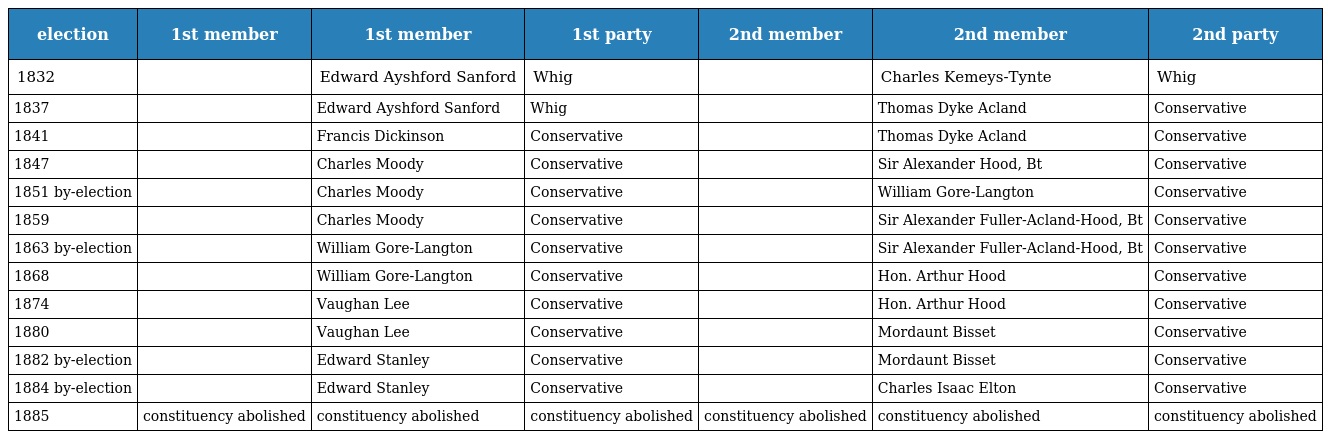
| election | 1st member | 1st member | 1st party | 2nd member | 2nd member | 2nd party |
 | --- | --- | --- | --- | --- | --- | --- |
 | 1832 |  | Edward Ayshford Sanford | Whig |  | Charles Kemeys-Tynte | Whig |
 | 1837 |  | Edward Ayshford Sanford | Whig |  | Thomas Dyke Acland | Conservative |
 | 1841 |  | Francis Dickinson | Conservative |  | Thomas Dyke Acland | Conservative |
 | 1847 |  | Charles Moody | Conservative |  | Sir Alexander Hood, Bt | Conservative |
 | 1851 by-election |  | Charles Moody | Conservative |  | William Gore-Langton | Conservative |
 | 1859 |  | Charles Moody | Conservative |  | Sir Alexander Fuller-Acland-Hood, Bt | Conservative |
 | 1863 by-election |  | William Gore-Langton | Conservative |  | Sir Alexander Fuller-Acland-Hood, Bt | Conservative |
 | 1868 |  | William Gore-Langton | Conservative |  | Hon. Arthur Hood | Conservative |
 | 1874 |  | Vaughan Lee | Conservative |  | Hon. Arthur Hood | Conservative |
 | 1880 |  | Vaughan Lee | Conservative |  | Mordaunt Bisset | Conservative |
 | 1882 by-election |  | Edward Stanley | Conservative |  | Mordaunt Bisset | Conservative |
 | 1884 by-election |  | Edward Stanley | Conservative |  | Charles Isaac Elton | Conservative |
 | 1885 | constituency abolished | constituency abolished | constituency abolished | constituency abolished | constituency abolished | constituency abolished |